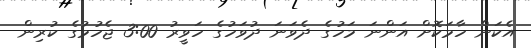
އެކަން ހާމަކޮށް އަންނަ މަހުގެ ދެވަނަ ދުވަހުގެ ހަވީރު 3:00 ޖެހުމުގެ ކުރިން